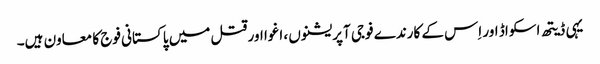
یہی ڈیتھ اسکواڈ اور اِس کے کارندے فوجی آپریشنوں ، اغوا اور قتل میں پاکستانی فوج کا معاون ہیں۔